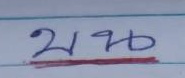
บน